Leprosy in India: report of the Leprosy Commission in India, 1890-91
Year: 1890
Disease focus: Leprosy
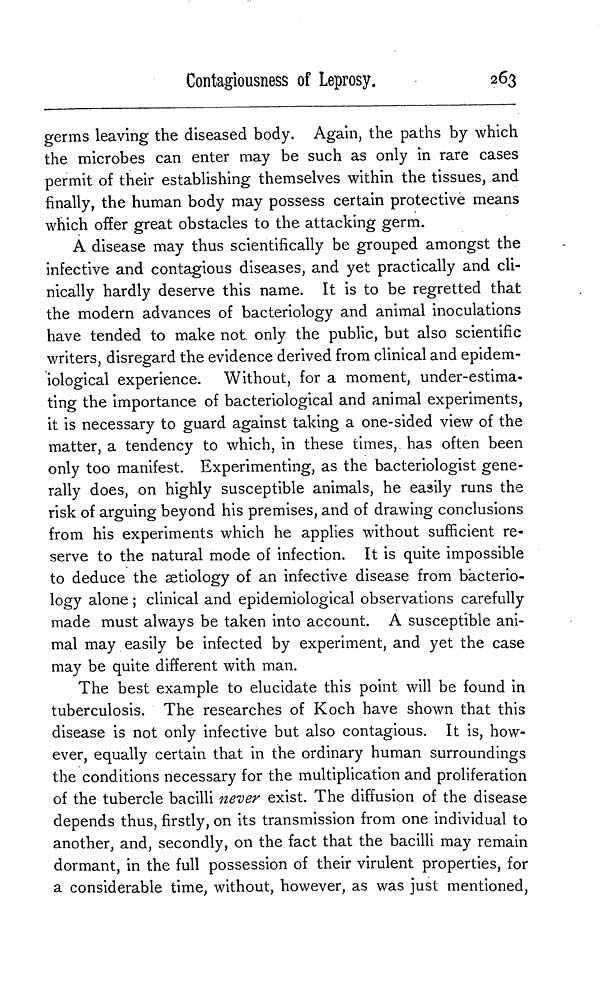
Contagiousness of Leprosy.
263
germs leaving the diseased body. Again, the paths by which
the microbes can enter may be such as only in rare cases
permit of their establishing themselves within the tissues, and
finally, the human body may possess certain protective means
which offer great obstacles to the attacking germ.
A disease may thus scientifically be grouped amongst the
infective and contagious diseases, and yet practically and cli-
nically hardly deserve this name. It is to be regretted that
the modern advances of bacteriology and animal inoculations
have tended to make not only the public, but also scientific
writers, disregard the evidence derived from clinical and epidem-
iological experience. Without, for a moment, under-estima-
ting the importance of bacteriological and animal experiments,
it is necessary to guard against taking a one-sided view of the
matter, a tendency to which, in these times, has often been
only too manifest. Experimenting, as the bacteriologist gene-
rally does, on highly susceptible animals, he easily runs the
risk of arguing beyond his premises, and of drawing conclusions
from his experiments which he applies without sufficient re-
serve to the natural mode of infection. It is quite impossible
to deduce the aetiology of an infective disease from bacterio-
logy alone ; clinical and epidemiological observations carefully
made must always be taken into account. A susceptible ani-
mal may easily be infected by experiment, and yet the case
may be quite different with man.
The best example to elucidate this point will be found in
tuberculosis. The researches of Koch have shown that this
disease is not only infective but also contagious. It is, how-
ever, equally certain that in the ordinary human surroundings
the conditions necessary for the multiplication and proliferation
of the tubercle bacilli never exist. The diffusion of the disease
depends thus, firstly, on its transmission from one individual to
another, and, secondly, on the fact that the bacilli may remain
dormant, in the full possession of their virulent properties, for
a considerable time, without, however, as was just mentioned,